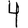
Digit: 4